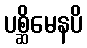
ပစ္ဆိမေနပိ